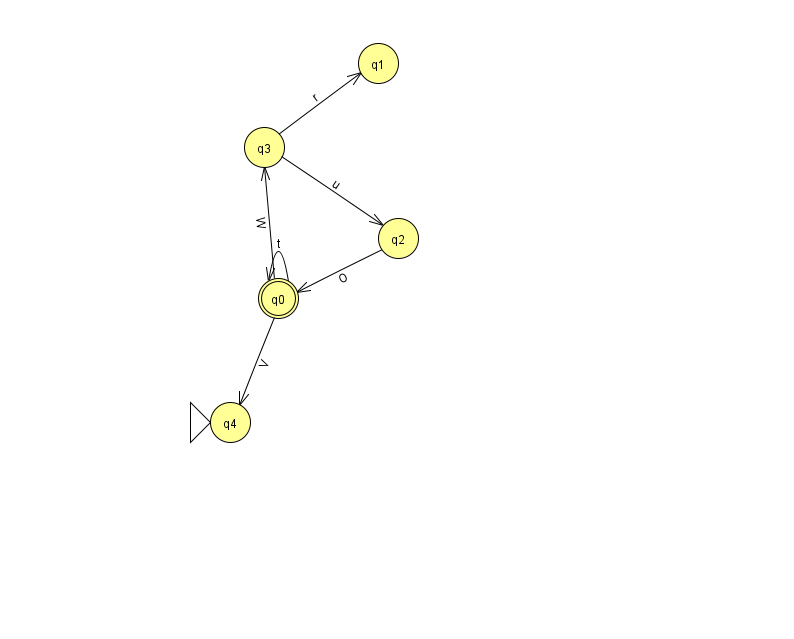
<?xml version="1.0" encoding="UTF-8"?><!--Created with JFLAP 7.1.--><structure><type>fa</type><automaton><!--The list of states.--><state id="0" name="q0"><x>278.0</x><y>285.0</y><final/></state><state id="1" name="q1"><x>378.0</x><y>50.0</y></state><state id="2" name="q2"><x>398.0</x><y>225.0</y></state><state id="3" name="q3"><x>264.0</x><y>134.0</y></state><state id="4" name="q4"><x>230.0</x><y>409.0</y><initial/></state><!--The list of transitions.--><transition><from>2</from><to>0</to><read>O</read></transition><transition><from>3</from><to>1</to><read>r</read></transition><transition><from>0</from><to>0</to><read>t</read></transition><transition><from>3</from><to>2</to><read>u</read></transition><transition><from>0</from><to>3</to><read>W</read></transition><transition><from>0</from><to>4</to><read>V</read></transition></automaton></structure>